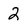
Character: 2